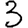
Digit: 3